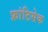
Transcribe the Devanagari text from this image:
फ्रांटिसेक